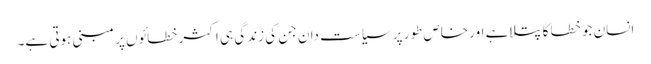
انسان جو خطا کا پتلاہے اور خاص طور پر سیاست دان جن کی زندگی ہی اکثر خطائوں پر مبنی ہوتی ہے۔